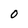
Character: 0